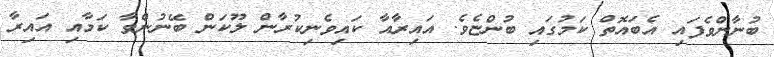
ބުނާންވެފައި އެބައޮތް ކަމުގައި ބުންޏެވެ. އައިރާއާ ކައިވެނިކުރާން ލޫކަން ބޭނުންވާ ކަމާއި އައިރާ